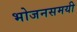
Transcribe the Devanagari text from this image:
भोजनसमयी